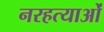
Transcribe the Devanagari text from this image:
नरहत्याओं